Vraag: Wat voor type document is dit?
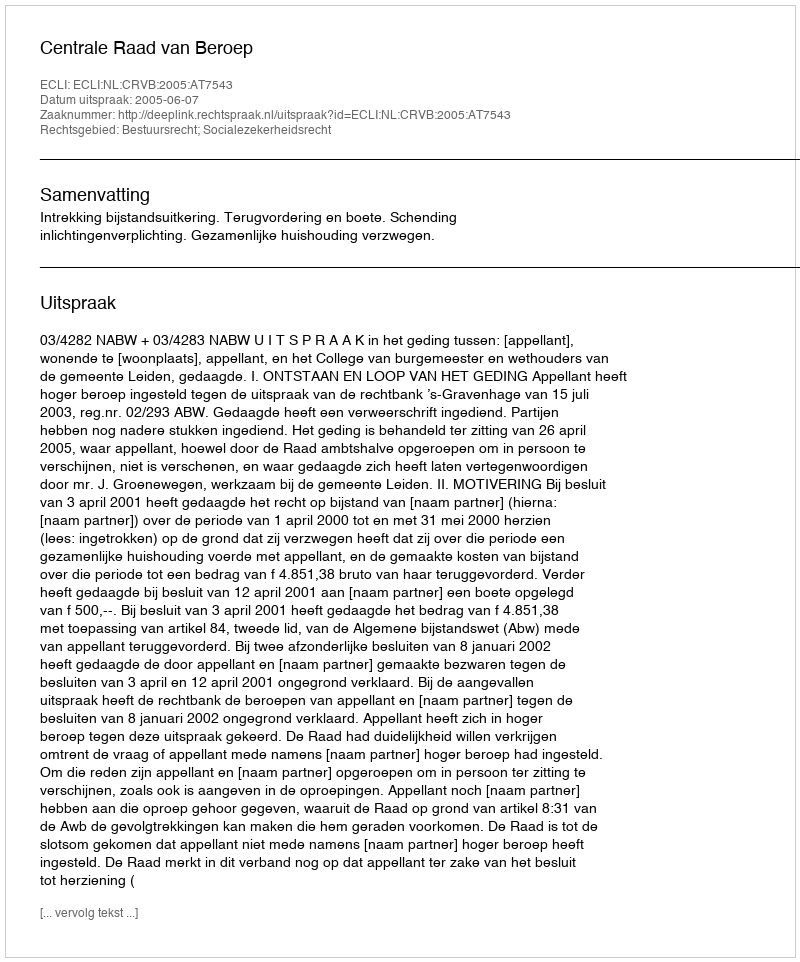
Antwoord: Uitspraak